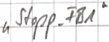
Text: "Stopp_FB1"